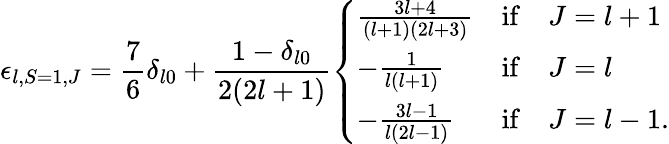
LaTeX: \epsilon_{l,S=1,J}=\frac{7}{6}\delta_{l0}+\frac{1-\delta_{l0}}{2(2l+1)}\left\{ \begin{array}{lcl}{{\frac{3l+4}{(l+1)(2l+3)}}}&{{\mathrm{if}}}&{{J=l+1}}\\ {{-\frac{1}{l(l+1)}}}&{{\mathrm{if}}}&{{J=l}}\\ {{-\frac{3l-1}{l(2l-1)}}}&{{\mathrm{if}}}&{{J=l-1.}}\end{array}\right.